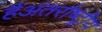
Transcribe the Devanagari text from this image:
हैंअंतर्राष्ट्रीय